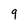
Character: 9